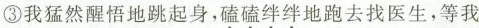
③我猛然醒悟地跳起身，\underset{·}{磕}\underset{·}{磕}\underset{·}{绊}\underset{·}{绊}地跑去找医生，等我